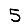
Digit: 5